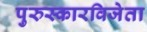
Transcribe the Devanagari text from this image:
पुरुस्कारविजेता